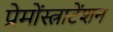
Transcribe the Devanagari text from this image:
प्रेमोंस्त्राटेंशन